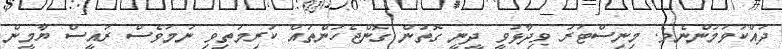
ދައްކަވަމުންނެވެ. މިނިސްޓަރު ވިދާޅުވީ ދީނީ ގޮތުން ގޮންޖެހުންތައް ކުރިމަތިވި ނަމަވެސް ރައީސް ޔާމީން